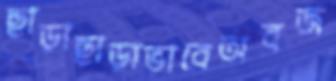
ছাড়াছাড়াভাবেঅবজ